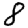
Digit: 8